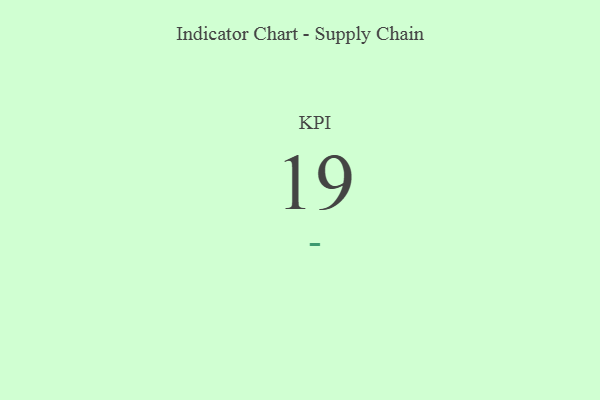
{"axis": {"x": "KPI", "y": "Value"}, "legend": [""], "data": [{"x": "KPI", "y": 19, "type": ""}]}